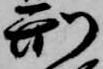
刑